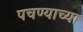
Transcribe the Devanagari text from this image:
पचण्याच्या